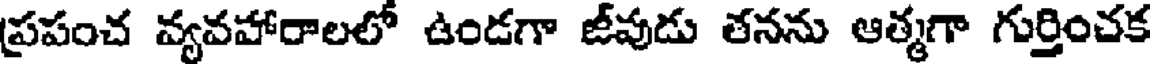
ప్రపంచ వ్యవహారాలలో ఉండగా జీవుడు తనను ఆత్మగా గుర్తించక